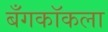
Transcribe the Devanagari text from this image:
बँगकॉकला